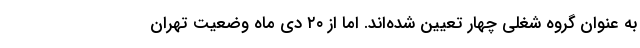
به عنوان گروه شغلی چهار تعیین شده‌اند. اما از ۲۰ دی ماه وضعیت تهران